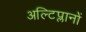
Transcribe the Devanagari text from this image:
अल्टिप्लानों